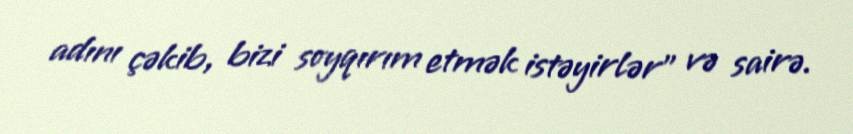
adını çəkib, bizi soyqırım etmək istəyirlər” və sairə.